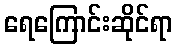
ရေကြောင်းဆိုင်ရာ